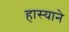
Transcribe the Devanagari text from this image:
हास्याने